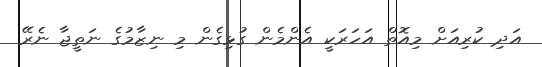
އަދި ކުރިއަށް މިއޮތް އަހަރަކީ އެންމެން ގުޅިގެން މި ނިޒާމުގެ ނަތީޖާ ނެރޭ